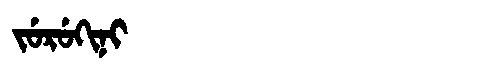
Manchu: ᠵᡠᡵᡠᡴᡳᠨᡳ
Romanization: JURUKINI